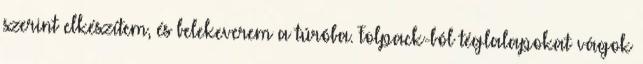
szerint elkészítem, és belekeverem a túróba. Folpack-ból téglalapokat vágok